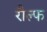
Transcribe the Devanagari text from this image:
रौल्फ